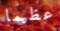
عظيما